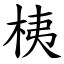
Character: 桋